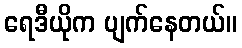
ရေဒီယိုက ပျက်နေတယ်။